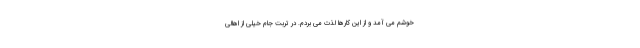
خوشم می آمد و از این کارها لذت می بردم. در تربت جام خیلی از اهالی